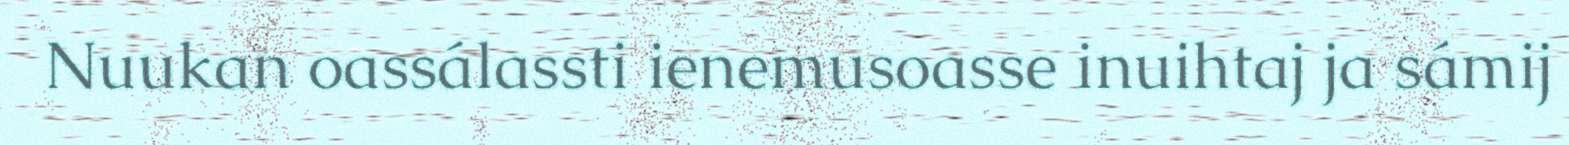
Nuukan oassálassti ienemusoasse inuihtaj ja sámij